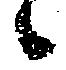
々